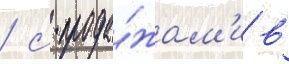
/ с прода́жам'и в